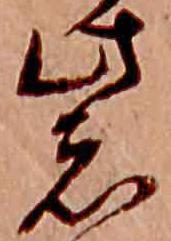
紫